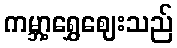
ကမ္ဘာ့ရွှေဈေးသည်